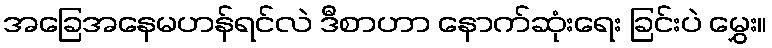
အခြေအနေမဟန်ရင်လဲ ဒီစာဟာ နောက်ဆုံးရေး ခြင်းပဲ မွှေး။